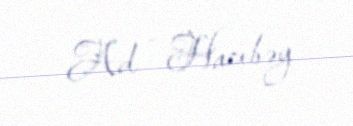
Ad - Hacıbəy